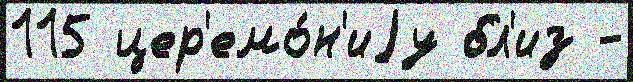
115 цер'емо́н'иjу бл'из -